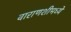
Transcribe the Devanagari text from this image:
वाराणशीमध्ये